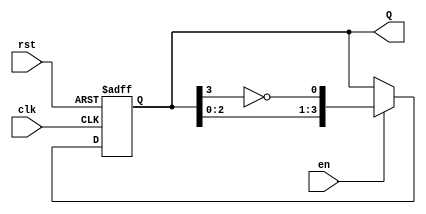
module johnson_counter (
    input wire clk,        // Clock input
    input wire rst,        // Asynchronous reset
    input wire en,         // Enable signal
    output reg [n-1:0] Q   // Counter output
);
    parameter n = 4;       // Bit width of the counter (number of flip-flops)

    always @(posedge clk or posedge rst) begin
        if (rst) begin
            Q <= {n{1'b0}}; // Reset all bits to 0
        end else if (en) begin
            Q <= {Q[n-2:0], ~Q[n-1]}; // Shift left and feed back inverted last bit
        end
        // If enable is low, Q retains its current state
    end
endmodule